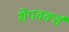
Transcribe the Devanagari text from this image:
शेपवर्क्स